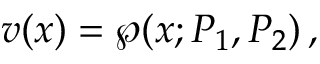
v ( x ) = \wp ( x ; P _ { 1 } , P _ { 2 } ) \, ,